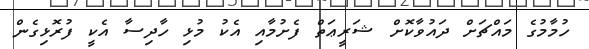
ހުމާމުގެ މައްޗަށް ދައުވާކޮށް ޝަރީޢަތް ފެށުމާއި އެކު މުޅި ހާދިސާ އެކީ ފުރޮޅިގެން